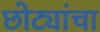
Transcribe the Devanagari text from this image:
छोट्यांचा